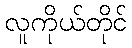
လူကိုယ်တိုင်